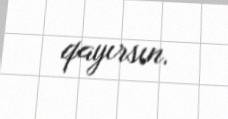
qayırsın.